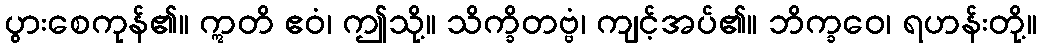
ပွားစေကုန်၏။ ဣတိ ဧဝံ၊ ဤသို့။ သိက္ခိတဗ္ဗံ၊ ကျင့်အပ်၏။ ဘိက္ခဝေ၊ ရဟန်းတို့။